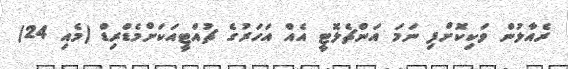
ރެއާލުން ވަކިކޮށްފި ނަމަ އަންޗެލޮޓީ އެއް އަހަރުގެ ޗުއްޓީއަކަށްމެޑްރިޑް (މެއި 24)